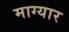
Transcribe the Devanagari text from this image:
माग्यार